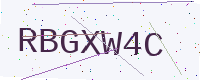
Text: RBGXW4C